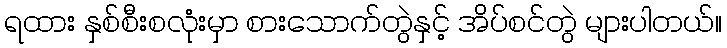
ရထား နှစ်စီးစလုံးမှာ စားသောက်တွဲနှင့် အိပ်စင်တွဲ များပါတယ်။